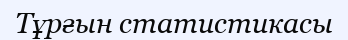
Тұрғын статистикасы